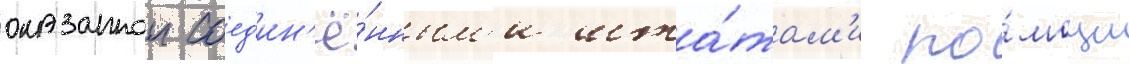
оказаннои соед'ин'ё́нным'и шта́там'и по́мощи